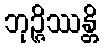
ဘုဉ္ဇိဿန္တိ